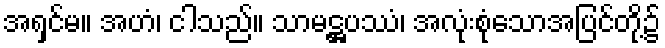
အရှင်မ။ အဟံ၊ ငါသည်။ သာမဋ္ဌပဿံ၊ အလုံးစုံသောအပြင်တို့၌